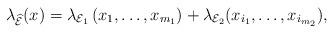
LaTeX: \begin{align*}\lambda_{\widehat{\mathcal{E}}}(x)=\lambda_{\mathcal{E}_1}\left(x_1, \dots, x_{m_1}\right)+\lambda_{\mathcal{E}_2}(x_{i_1}, \dots, x_{i_{m_2}}),\end{align*}